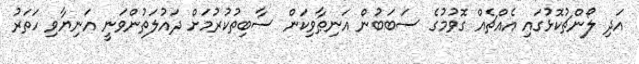
އަަދި ލޯންޗުކޮޅުގައި އެއްޗެއް ގޮވުމުގެ ސަބަބުން އަނިޠާވިކަން ސާބިތުކުރުމަށް ދައުލަތުންވަނީ އަނިޔާވި ހަތަރު